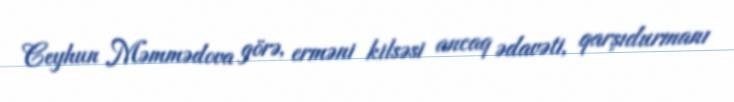
Ceyhun Məmmədova görə, erməni kilsəsi ancaq ədavəti, qarşıdurmanı